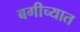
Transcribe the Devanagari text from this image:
बगीच्यात